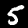
Label: 5